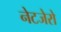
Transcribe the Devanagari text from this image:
नेटजेरो